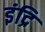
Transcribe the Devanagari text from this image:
इंद्रि